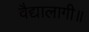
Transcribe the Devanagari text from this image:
वैद्यालागी॥